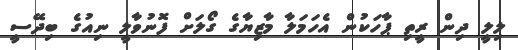
ލިލީ ދިން ރީތި ޕާހަކުން އެހަމަލާ މާޒިޔާގެ ގޯލަށް ފޮނުވާލީ ނިއުގެ ބިދޭސީ